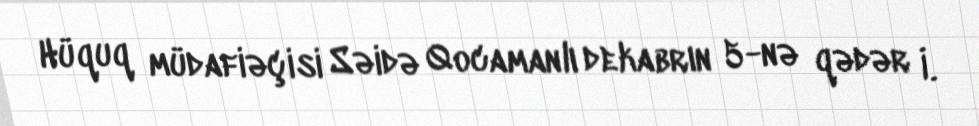
Hüquq müdafiəçisi Səidə Qocamanlı dekabrın 5-nə qədər İ.